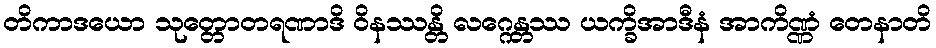
တိကာဒယော သုတ္တောတရဏာဒိ ဝိနဿန္တိ လဂ္ဂေန္တဿ ယက္ခိအာဒီနံ အာကိဏ္ဏံ တေနာတိ